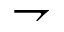
\rightharpoondown